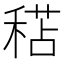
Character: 𥠯